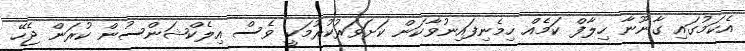
އެކަމުގައި ގާނޫނާ ހިލާފް ކަމެއް ހިމެނިފައިނުވާކަން ކަށަވަރުކުރުމަކީ ވެސް އިލެކްޝަންސުން ކުރަން ޖެހޭ